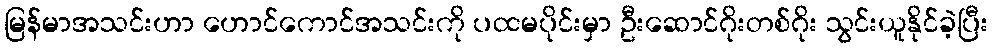
မြန်မာအသင်းဟာ ဟောင်ကောင်အသင်းကို ပထမပိုင်းမှာ ဦးဆောင်ဂိုးတစ်ဂိုး သွင်းယူနိုင်ခဲ့ပြီး